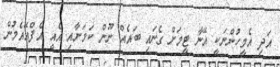
އަދި އެމީހުންނަކީ އޭނާ ޓީމަށް ގެނައި ބައެއް ނޫން ކަމަށާއި އެއީ އެފްއޭއެމުން